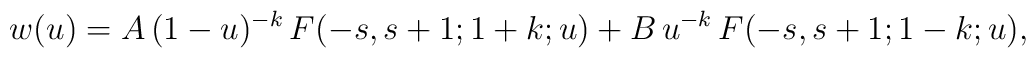
w(u)=A\,(1-u)^{-k}\,F(-s,s+1;1+k;u)+B\,u^{-k}\,F(-s,s+1;1-k;u),